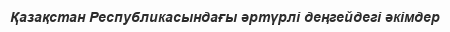
Қазақстан Республикасындағы әртүрлі деңгейдегі әкімдер